Vaccine operations Central Provinces 1900-1911 - 1900-1911
Year: 1900
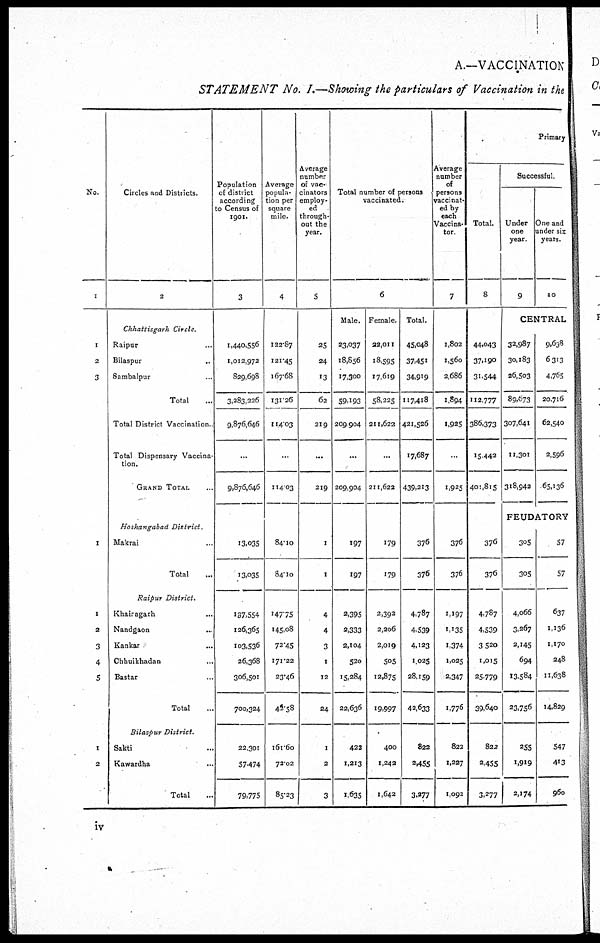
A.—VACCINATION
STATEMENT No. I—Showing the particulars of Vaccination in the
No.
1
1
2
3
1
1
2
3
4
5
1
2
Circles and Districts.
2
Chhattisgarh Circle.
Raipur ...
Bilaspur ...
Sambalpur ...
Total ...
Total District Vaccination.
Total Dispensary Vaccina¬
tion.
GRAND TOTAL ...
Hoshangabad District.
Makrai ...
Total ...
Raipur District.
Khairagarh ...
Nandgaon ...
Kankar ...
Chhuikhadan ...
Bastar ...
Total ...
Bilaspur District.
Sakti ...
Kawardha ...
Total ...
Population
of district
according
to Census of
1901.
3
1,440,556
1,012,972
829,698
3,283,226
9,876,646
...
9,876,646
13,035
13,035
137,554
126,365
103,536
26,368
306,501
700,324
22,301
57,474
79,775
Average
popula-
tion per
square
mile.
4
122.87
121.45
167.68
131.26
114.03
...
114.03
84.10
84.10
147.75
145.08
72.45
171.22
23.46
42.58
161.60
72.02
85.23
Average
number
of vac-
cinators
employ-
ed
through-
out the
year.
5
25
24
13
62
219
...
219
1
1
4
4
3
1
12
24
1
2
3
Total number of persons
vaccinated.
6
Male.
23,037
18,856
17,300
59,193
209,904
...
209,904
197
197
2,395
2,333
2,104
520
15,284
22,636
422
1,213
1,635
Female.
22,011
18,595
17,619
58,225
211,622
...
211,622
179
179
2,392
2,206
2,019
505
12,875
19,997
400
1,242
1,642
Total.
45,048
37,451
34,919
117,418
421,526
17,687
439,213
376
376
4,787
4.539
4,123
1,025
28,159
42,633
822
2,455
3,277
Average
number
of
persons
vaccinat-
ed by
each
Vaccina-
tor
7
1,802
1,560
2,686
1,894
1,925
...
1,925
376
376
1,197
1,135
1,374
1,025
2,347
1,776
822
1,227
1,092
Primary
Total.
8
44,043
37,190
31,544
112,777
386,373
15,442
401,815
376
376
4,787
4,539
3,520
1,015
25,779
39,640
822
2,455
3,277
Successful
Under
one
year
9
One and
under six
years.
10
CENTRAL
32,987
30,183
26,503
89,673
307,641
11,301
318,942
9,638
6,313
4,765
20,716
62,540
2,596
65,136
FEUDATORY
305
305
4,066
3,267
2,145
694
13,584
23,756
255
1,919
2,174
57
57
637
1,136
1,170
248
11,638
14,829
547
413
960
iv